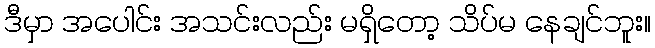
ဒီမှာ အပေါင်း အသင်းလည်း မရှိတော့ သိပ်မ နေချင်ဘူး။